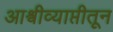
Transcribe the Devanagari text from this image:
आश्वीव्याप्तीतून